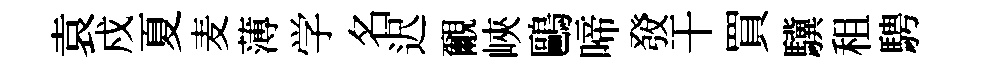
袁戍夏麦薄学名迟覼峽鷗啼𤼲干買驥租騁